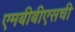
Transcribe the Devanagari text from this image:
एमबीबीएसची